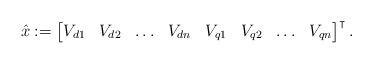
LaTeX: \begin{align*}\hat{x} := \begin{bmatrix} V_{d1} & V_{d2} & \ldots & V_{dn} & V_{q1} & V_{q2} & \ldots & V_{qn} \end{bmatrix}^\intercal.\end{align*}